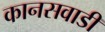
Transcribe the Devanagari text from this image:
कानसवाडी